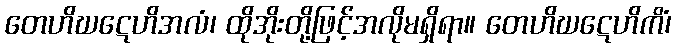
တေဟိဃဋေဟိအလံ၊ ထိုအိုးတို့ဖြင့်အလိုမရှိရာ။ တေဟိဃဋေဟိကိံ၊